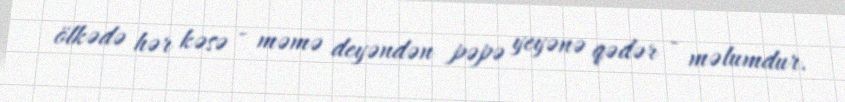
ölkədə hər kəsə - məmə deyəndən pəpə yeyənə qədər - məlumdur.